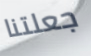
جعلتنا